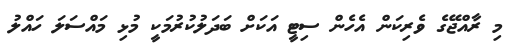
މި ރާއްޖޭގެ ވެރިކަން އެހެން ސިޓީ އަކަށް ބަދަލުކުރުމަކީ މުޅި މައްސަލަ ހައްލު